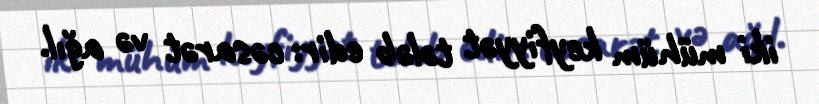
iki mühüm keyfiyyət tələb edir: cəsarət və ağıl.